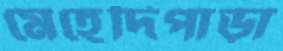
মেহেদিপাড়া